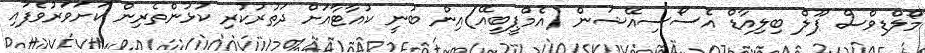
މޯލްޑިވްސް ޕޫލް ބިލިއާޑް އެސޯސިއޭޝަން (އެމްޕީބީއޭ)އިން ބުނީ ކުއާޓާއަށް ދަތުރުކުރި ކުޅުންތެރިން ކަށަވަރުވެފައި